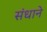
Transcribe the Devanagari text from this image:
संधाने